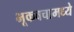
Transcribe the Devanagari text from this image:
भूकवचामध्ये